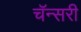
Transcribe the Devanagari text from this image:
चॅन्सरी